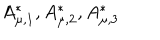
A _ { \mu , 1 } ^ { * } , A _ { \mu , 2 } ^ { * } , A _ { \mu , 3 } ^ { * }